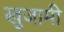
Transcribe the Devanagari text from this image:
खुजामी